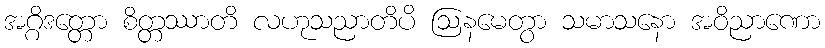
အဂ္ဂိဒတ္တော စိတ္တဿာတိ လဟုသညာတိပိ ဩနမေတွာ သမာသနော အဝိညာဏော